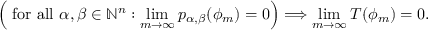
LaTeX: \left( { \mathrm { ~ f o r ~ a l l ~ } } \alpha , \beta \in \mathbb { N } ^ { n } : \operatorname* { l i m } _ { m \to \infty } p _ { \alpha , \beta } ( \phi _ { m } ) = 0 \right) \Longrightarrow \operatorname* { l i m } _ { m \to \infty } T ( \phi _ { m } ) = 0 .